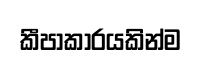
කීපාකාරයකින්ම